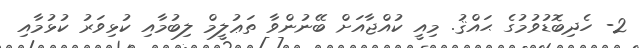
2- ހެދިބޮޑުވުމުގެ ޙައްޤު. މިއީ ކުއްޖާއަށް ބޭނުންވާ ތަޢުލީމް ލިބުމާއި ކުޅިވަރު ކުޅުމާއި